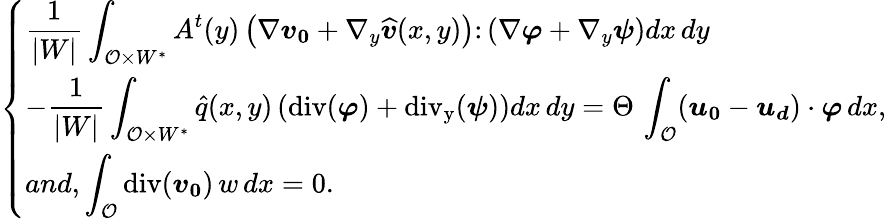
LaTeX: \displaystyle\left\{ \begin{array}{l}{\displaystyle\frac{1}{|W|}\int_{{\mathcal{O}}\times W^{*}}A^{t}(y)\left(\nabla\boldsymbol{v_{0}}+\nabla_{y}\widehat{\boldsymbol v}(x,y)\right)\colon\left(\nabla\boldsymbol\varphi+\nabla_{y}\boldsymbol\psi\right)dx\, dy}\\ {-\displaystyle\frac{1}{|W|}\int_{{\mathcal{O}}\times W^{*}}\hat{q}(x,y)\left(\operatorname{div}(\boldsymbol\varphi)+\operatorname{div_{y}}(\boldsymbol\psi)\right)dx\, dy=\Theta\, \int_{{\mathcal{O}}}(\boldsymbol{\boldsymbol{u}_{0}}-\boldsymbol{u_{d}})\cdot\boldsymbol\varphi\, dx,}\\ {and,\displaystyle\int_{{\mathcal{O}}}\operatorname{div}(\boldsymbol{v_{0}})\, w\, dx=0.}\end{array}\right.